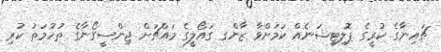
ޗައިނާގެ ކުރީގެ ޕޮލިޓިޝަނެއް ކަމަށްވާ ޒާންގ ގައޯލީގެ މައްޗަށް ޖިންސީގޯނާގެ ތުހުމަތު ކުރި